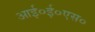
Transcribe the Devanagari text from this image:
आई०ई०एस०